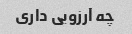
چه آرزویی داری